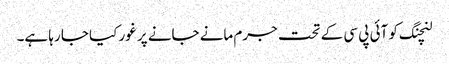
لنچنگ کو آئی پی سی کے تحت جرم مانے جانے پر غور کیا جا رہا ہے۔